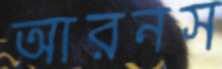
আরনস